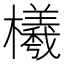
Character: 㰕